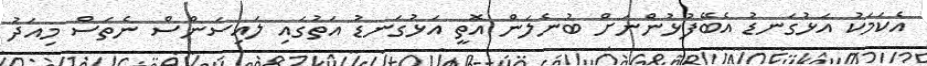
އެކަމަކު އަޅުގަނޑު އެބޭފުޅުންނަށް ބުނެލަން އޮތީ އަޅުގަނޑު އަތުގައި ލައިސަންސް ނެތަސް މިއަދު